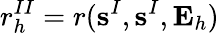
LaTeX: r_{h}^{II}=r(\textbf{s}^{I},\textbf{s}^{I},\mathbf{E}_{h})